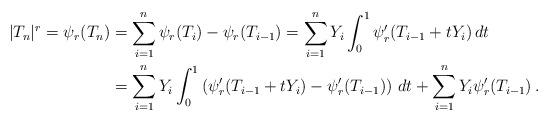
LaTeX: \begin{align*}|T_n|^r= \psi_r(T_n)& = \sum_{i=1}^n\psi_r(T_i)-\psi_r(T_{i-1})= \sum_{i=1}^n Y_i\int_0^1 \psi'_r(T_{i-1} +t Y_i) \, dt \\&= \sum_{i=1}^n Y_i\int_0^1 \left (\psi'_r(T_{i-1} +t Y_i)-\psi'_r(T_{i-1})\right ) \, dt+ \sum_{i=1}^n Y_i \psi'_r(T_{i-1}) \, .\end{align*}